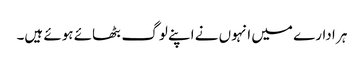
ہر ادارے میں انہوں نے اپنے لوگ بٹھائے ہوئے ہیں۔